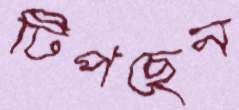
টিপছেন